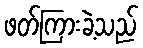
ဖတ်ကြားခဲ့သည်